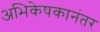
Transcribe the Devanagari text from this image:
अभिकेषकानंतर